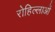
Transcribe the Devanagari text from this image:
रोहिल्लाओं